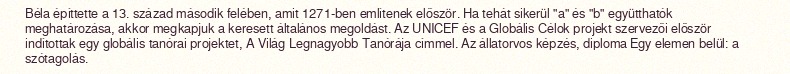
Béla építtette a 13. század második felében, amit 1271-ben említenek először. Ha tehát sikerül "a" és "b" együtthatók meghatározása, akkor megkapjuk a keresett általános megoldást. Az UNICEF és a Globális Célok projekt szervezői először indítottak egy globális tanórai projektet, A Világ Legnagyobb Tanórája címmel. Az állatorvos képzés, diploma Egy elemen belül: a szótagolás.